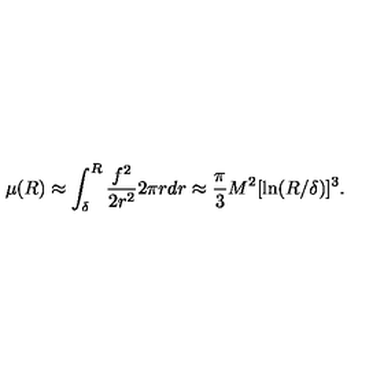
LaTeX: \mu ( R ) \approx \int _ { \delta } ^ { R } { \frac { f ^ { 2 } } { 2 r ^ { 2 } } } 2 \pi r d r \approx { \frac { \pi } { 3 } } M ^ { 2 } [ \ln ( R / \delta ) ] ^ { 3 } .